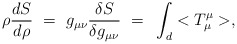
\begin{align*}\rho{d S \over d \rho}~=~g_{\mu\nu}{\delta S \over \delta g_{\mu\nu}}~=~\int_d <T_{\mu}^{\mu}>,\end{align*}